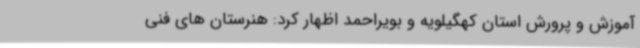
آموزش و پرورش استان کهگیلویه و بویراحمد اظهار کرد: هنرستان های فنی